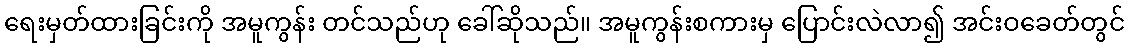
ရေးမှတ်ထားခြင်းကို အမူကွန်း တင်သည်ဟု ခေါ်ဆိုသည်။ အမူကွန်းစကားမှ ပြောင်းလဲလာ၍ အင်းဝခေတ်တွင်